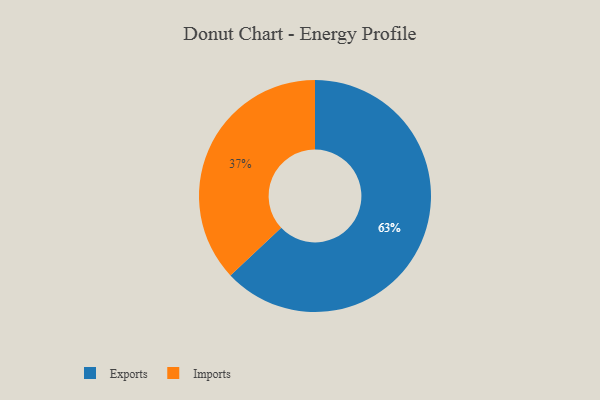
{"axis": {"x": "Category", "y": "Percentage"}, "legend": ["Exports", "Imports"], "data": [{"x": "Exports", "y": 63, "type": "Exports"}, {"x": "Imports", "y": 37, "type": "Imports"}]}